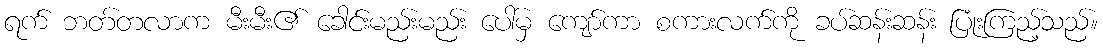
ရက် ဘတ်တလာက မီးမီး၏ ခေါင်းမည်းမည်း ပေါ်မှ ကျော်ကာ စကားလက်ကို ခပ်ဆန်းဆန်း ပြုံးကြည့်သည်။